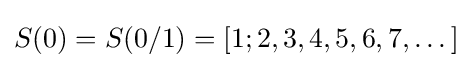
S(0)=S(0/1)=[1;2,3,4,5,6,7,\dots ]